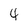
Character: 4